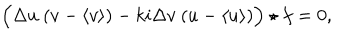
LaTeX: \Bigl ( \Delta u ~ ( v - \langle v \rangle ) - k i \Delta v ~ ( u - \langle u \rangle ) \Bigr ) \star f = 0 ,